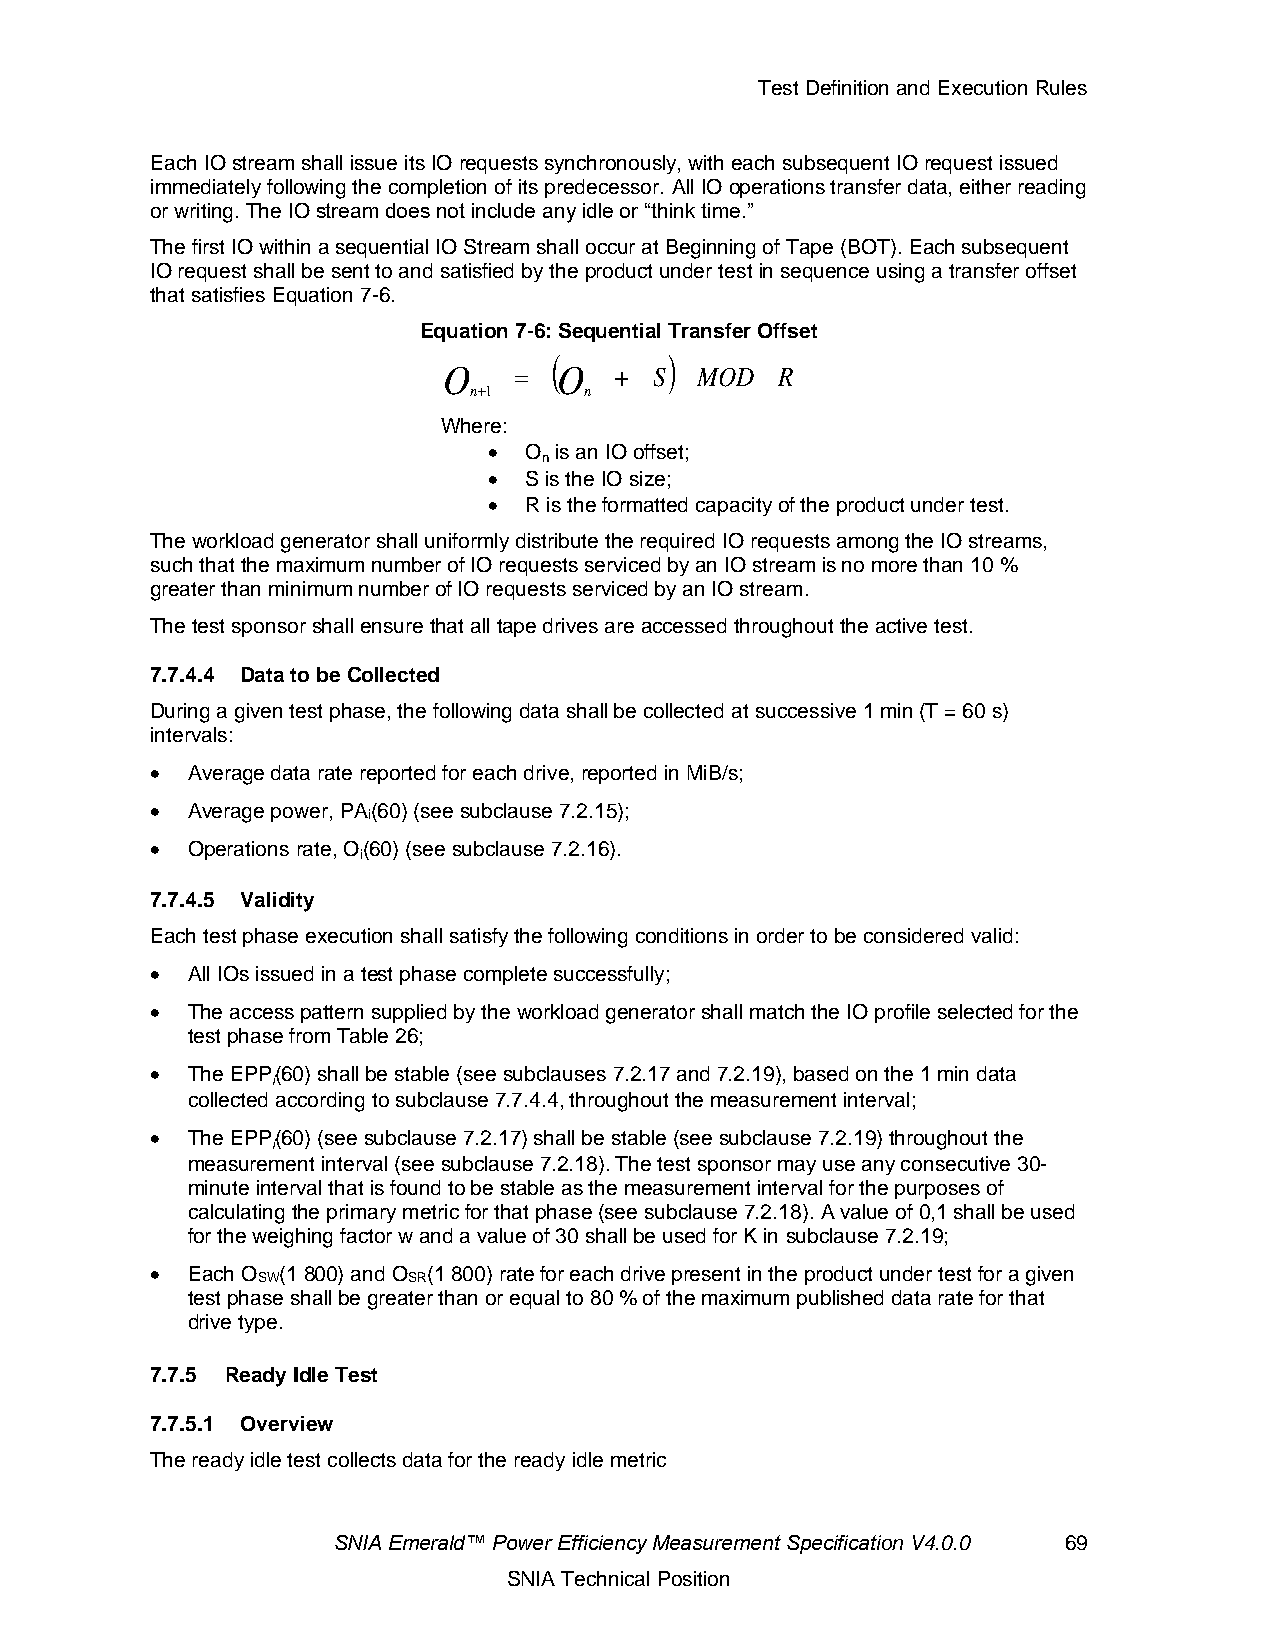
Test Definition and Execution Rules
 Each IO stream shall issue its IO requests synchronously, with each subsequent IO request issued
 immediately following the completion of its predecessor. All IO operations transfer data, either reading
 or writing. The IO stream does not include any idle or “think time.”
 The first IO within a sequential IO Stream shall occur at Beginning of Tape (BOT). Each subsequent
 IO request shall be sent to and satisfied by the product under test in sequence using a transfer offset
 that satisfies Equation 7-6.
 Equation 7-6: Sequential Transfer Offset
 (      )
 O    =  O   + S  MOD   R
 n+1     n
 Where:
 •  O is an IO offset;
 n
 •  S is the IO size;
 •  R is the formatted capacity of the product under test.
 The workload generator shall uniformly distribute the required IO requests among the IO streams,
 such that the maximum number of IO requests serviced by an IO stream is no more than 10 %
 greater than minimum number of IO requests serviced by an IO stream.
 The test sponsor shall ensure that all tape drives are accessed throughout the active test.
 7.7.4.4 Data to be Collected
 During a given test phase, the following data shall be collected at successive 1 min (T = 60 s)
 intervals:
 • Average data rate reported for each drive, reported in MiB/s;
 • Average power, PA(60) (see subclause 7.2.15);
 i
 • Operations rate, O(60) (see subclause 7.2.16).
 i
 7.7.4.5 Validity
 Each test phase execution shall satisfy the following conditions in order to be considered valid:
 • All IOs issued in a test phase complete successfully;
 • The access pattern supplied by the workload generator shall match the IO profile selected for the
 test phase from Table 26;
 • The EPP(60) shall be stable (see subclauses 7.2.17 and 7.2.19), based on the 1 min data
 i
 collected according to subclause 7.7.4.4, throughout the measurement interval;
 • The EPP(60) (see subclause 7.2.17) shall be stable (see subclause 7.2.19) throughout the
 i
 measurement interval (see subclause 7.2.18). The test sponsor may use any consecutive 30-
 minute interval that is found to be stable as the measurement interval for the purposes of
 calculating the primary metric for that phase (see subclause 7.2.18). A value of 0,1 shall be used
 for the weighing factor w and a value of 30 shall be used for K in subclause 7.2.19;
 • Each O (1 800) and O (1 800) rate for each drive present in the product under test for a given
 SW        SR
 test phase shall be greater than or equal to 80 % of the maximum published data rate for that
 drive type.
 7.7.5 Ready Idle Test
 7.7.5.1 Overview
 The ready idle test collects data for the ready idle metric
 SNIA Emerald™ Power Efficiency Measurement Specification V4.0.0 69
 SNIA Technical Position